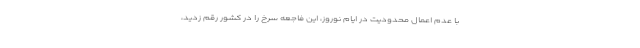
با عدم اعمال محدودیت در ایام نوروز، این فاجعه سرخ را در کشور رقم زدید،